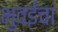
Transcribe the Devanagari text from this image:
भुवईचा